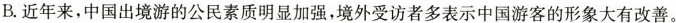
B.近年来，中国出境游的公民素质明显加强，境外受访者多表示中国游客的形象大有改善。